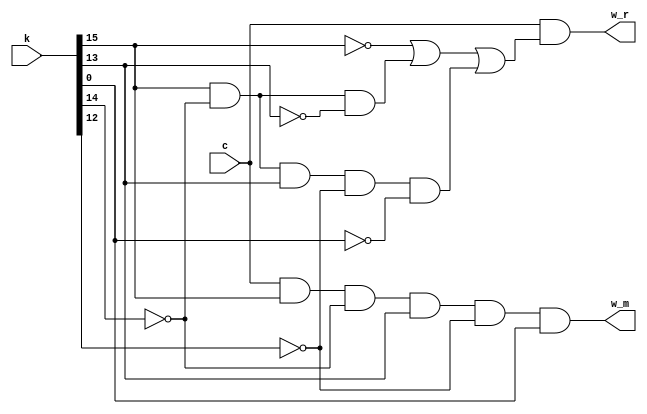
module sync_wr (c, k, w_r, w_m ); 
input c; 
input [15:0] k;
output w_r, w_m; 

assign w_r = c & ( ~k[15] | ( k[15] & ~k[14] & ~k[13] )|
				( k[15] & ~k[14] & k[13] & ~ k[12] &~k[0]));
assign w_m = c & k[15] & ~k[14] & k[13] &~ k[12]& k[0];

endmodule